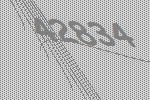
42834